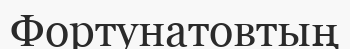
Фортунатовтың